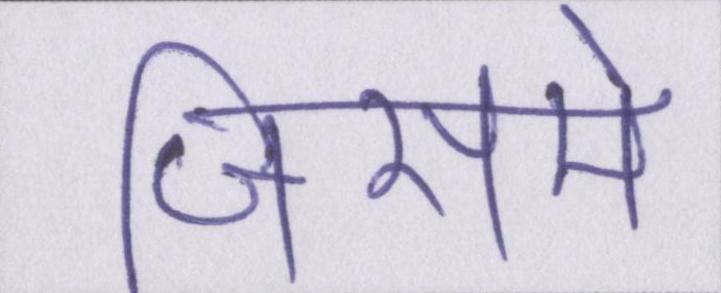
जिसमे